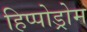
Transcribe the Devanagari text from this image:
हिप्पोड्रोम